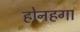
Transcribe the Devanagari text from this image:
होनहगा